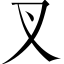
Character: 叉